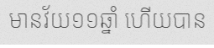
មានវ័យ១១ឆ្នាំ ហើយបាន